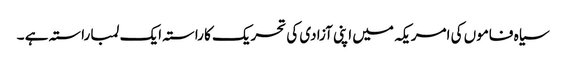
سیاہ فاموں کی امریکہ میں اپنی آزادی کی تحریک کا راستہ ایک لمبا راستہ ہے ۔